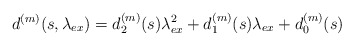
\begin{align*}d^{(m)}(s,{\lambda _{ex}}) = d_2^{(m)}(s)\lambda _{ex}^2 + d_1^{(m)}(s){\lambda _{ex}} + d_0^{(m)}(s)\end{align*}